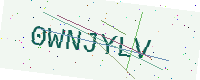
Text: 0WNJYLV